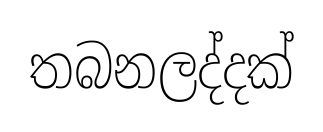
තබනලද්දක්